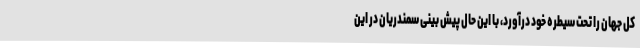
کل جهان را تحت سیطره خود درآورد، با این حال پیش بینی سمندریان در این